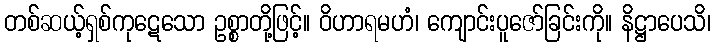
တစ်ဆယ့်ရှစ်ကုဋေသော ဥစ္စာတို့ဖြင့်။ ဝိဟာရမဟံ၊ ကျောင်းပူဇော်ခြင်းကို။ နိဋ္ဌာပေသိ၊